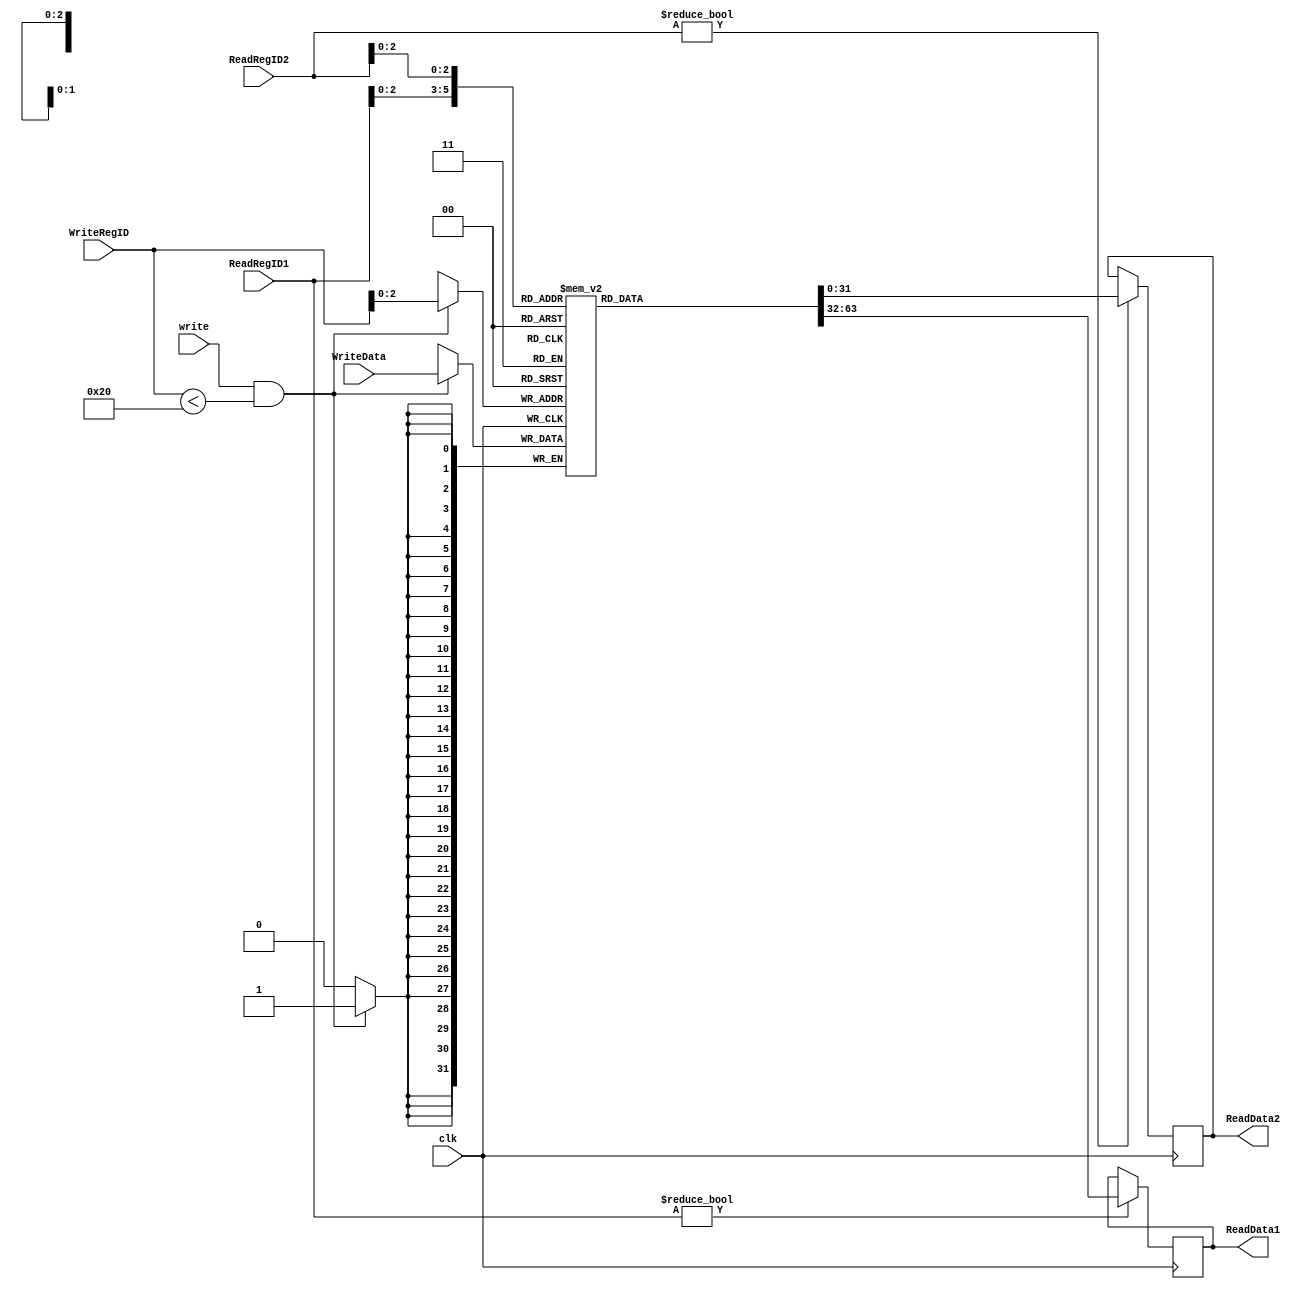
`timescale 100ns / 10ns
//////////////////////////////////////////////////////////////////////////////////
// Company: 
// Engineer: 
// 
// Design Name: 
// Module Name: Register
// Project Name: 
// Target Devices: 
// Tool Versions: 
// Description: 
// 
// Dependencies: 
// 
// Revision:
// Revision 0.01 - File Created
// Additional Comments:
// 
//////////////////////////////////////////////////////////////////////////////////


module Register(clk, write, ReadRegID1,ReadRegID2, WriteRegID, WriteData, ReadData1, ReadData2);
//input and ouput
input clk, write;
input [5:0] ReadRegID1,ReadRegID2, WriteRegID;
input [31:0] WriteData;
output reg [31:0]ReadData1, ReadData2;

//internal variable
reg [5:0] stt_cnt;
reg [31:0] data_ram[5:0]; //32 32-bit registers
//Write Data
always@(posedge clk)
    begin
        if (write && (WriteRegID < 6'b100000)) //addr < 32, addr = [0..31]
            begin
                data_ram[WriteRegID] = WriteData;
                //stt_cnt = stt_cnt + 1;
            end             
    end
//Read Data
always@(posedge clk)
    begin
        if (ReadRegID1 != 0)
            ReadData1 = data_ram[ReadRegID1];
        if (ReadRegID2 != 0)
            ReadData2 = data_ram[ReadRegID2];
    end
endmodule